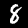
Digit: 8